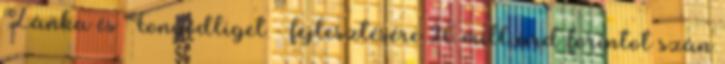
Zánka és Fonyódliget - fejlesztésére 26 milliárd forintot szán